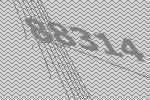
88314